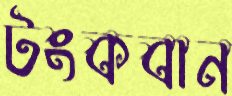
টংকবান